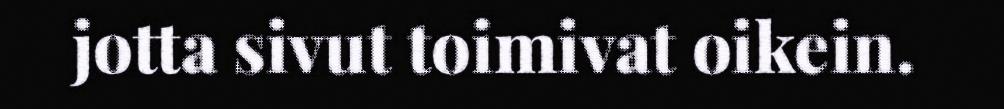
jotta sivut toimivat oikein.